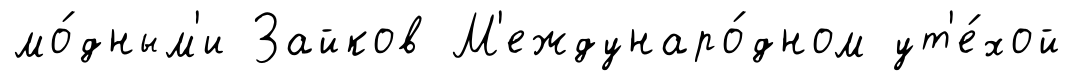
мо́дным'и Зайков М'еждунаро́дном ут'е́хой